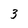
Character: 3